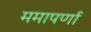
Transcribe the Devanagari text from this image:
ममापर्णा